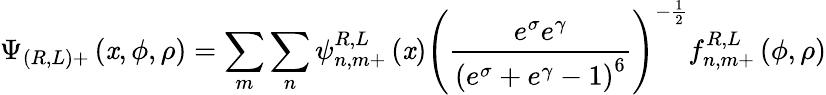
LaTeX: \Psi_{(R,L)+}\left(\mathit{x},\phi,\rho\right)=\sum_{m}\sum_{n}\psi_{n,m+}^{R,L}\left(\mathit{x}\right)\left(\frac{{e^{\sigma}e^{\gamma}}}{{\left(e^{\sigma}+e^{\gamma}-1\right)^{6}}}\right)^{-\frac{{1}}{{2}}}f_{n,m+}^{R,L}\left(\phi,\rho\right)